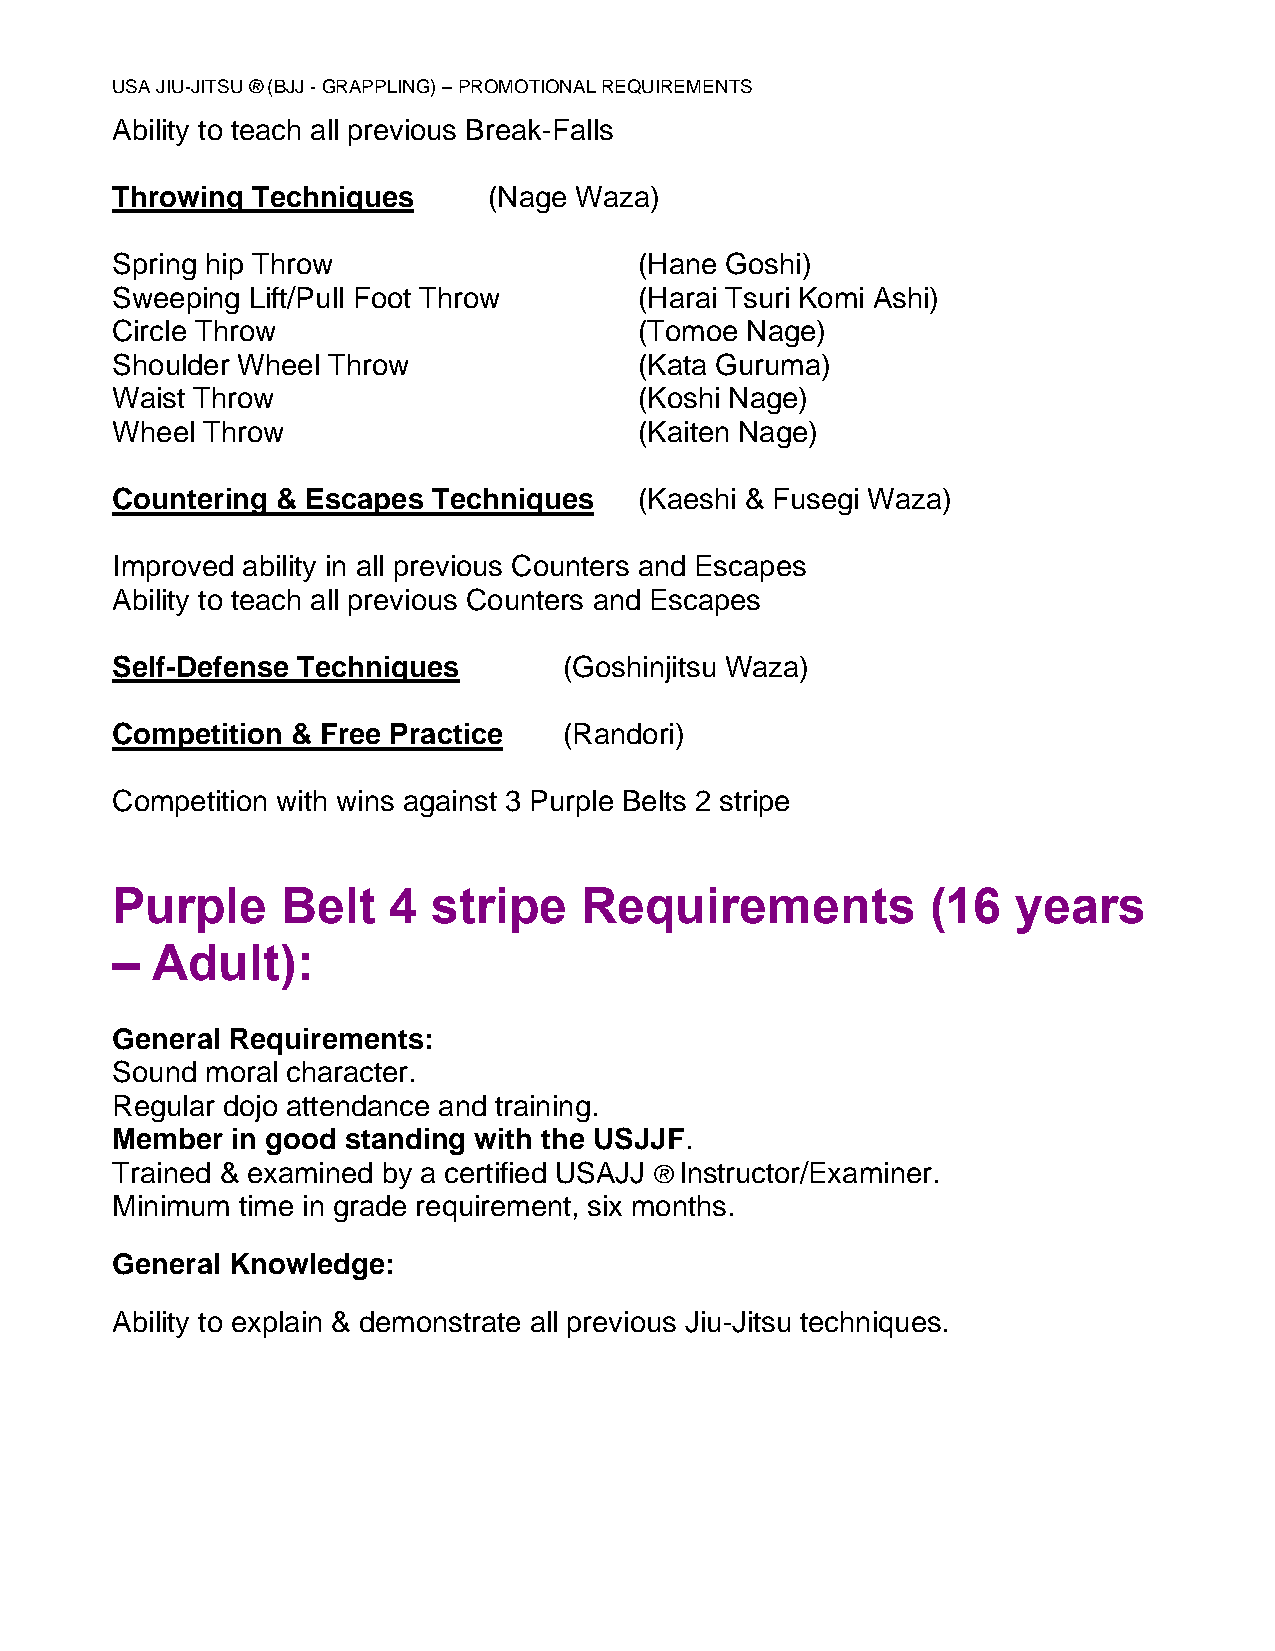
USA JIU-JITSU ® (BJJ - GRAPPLING) – PROMOTIONAL REQUIREMENTS
 Ability to teach all previous Break-Falls
 Throwing  Techniques     (Nage Waza)
 Spring hip Throw                   (Hane Goshi)
 Sweeping Lift/Pull Foot Throw      (Harai Tsuri Komi Ashi)
 Circle Throw                       (Tomoe Nage)
 Shoulder Wheel Throw               (Kata Guruma)
 Waist Throw                        (Koshi Nage)
 Wheel Throw                        (Kaiten Nage)
 Countering & Escapes  Techniques   (Kaeshi & Fusegi Waza)
 Improved ability in all previous Counters and Escapes
 Ability to teach all previous Counters and Escapes
 Self-Defense Techniques       (Goshinjitsu Waza)
 Competition & Free Practice   (Randori)
 Competition with wins against 3 Purple Belts 2 stripe
 Purple      Belt   4  stripe    Requirements           (16  years
 –  Adult):
 General Requirements:
 Sound  moral character.
 Regular dojo attendance and training.
 Member  in good standing with the USJJF.
 Trained & examined by a certified USAJJ ® Instructor/Examiner.
 Minimum  time in grade requirement, six months.
 General Knowledge:
 Ability to explain & demonstrate all previous Jiu-Jitsu techniques.